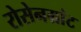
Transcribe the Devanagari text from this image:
रोसेनग्रांट